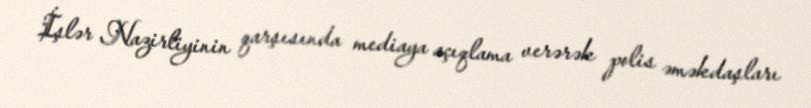
İşlər Nazirliyinin qarşısında mediaya açıqlama verərək polis əməkdaşları